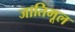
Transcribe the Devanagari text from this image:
जातिमूल